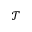
\mathcal { T }